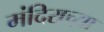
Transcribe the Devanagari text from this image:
मंदिराच्य़ा